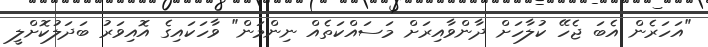
"އަހަރެން އެބަ ޖެހޭ ކުލާހަށް ދާންވާއިރަށް މަސައްކަތެއް ނިންމަން" ވާހަކައިގެ އޮއިވަރު ބަދަލުކޮށްލީ